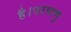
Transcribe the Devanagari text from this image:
है।परमाणु